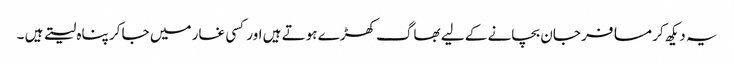
یہ دیکھ کر مسافر جان بچانے کے لیے بھاگ کھڑے ہوتے ہیں اور کسی غار میں جا کر پناہ لیتے ہیں ۔